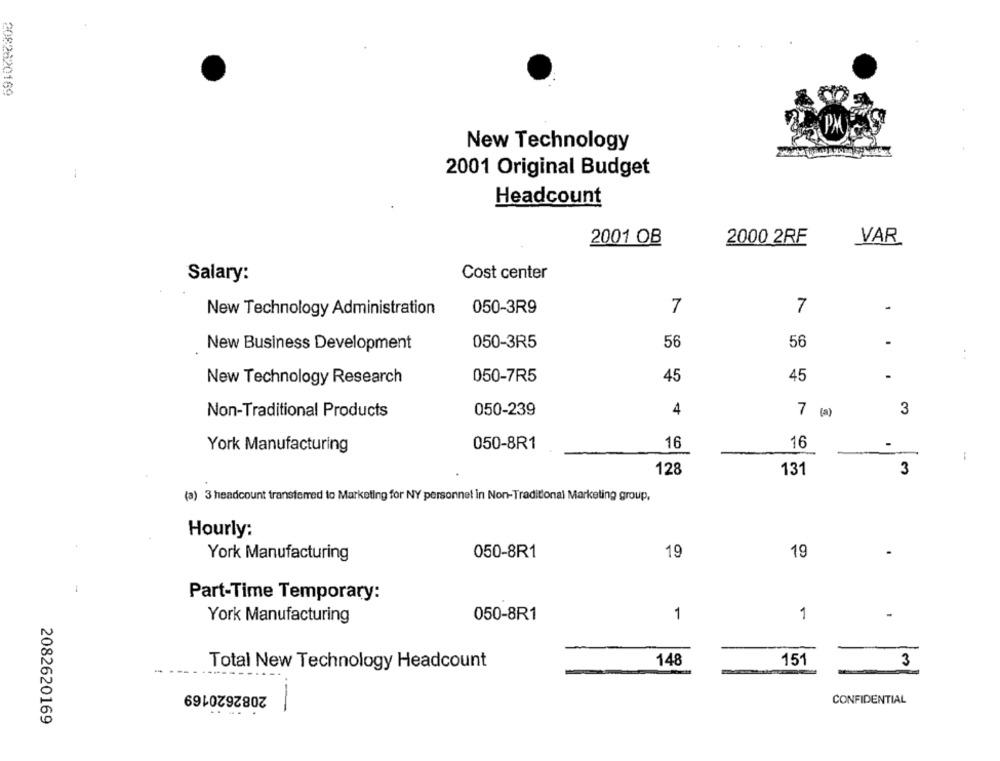
2082620169
New Technology
2001 Original Budget
Headcount
2001 OB
2000 2RE
VAR
Cost center
Salary:
New Technology Administration
050-3R9
7
7
-
56
New Business Development
050-3R5
56
:
New Technology Research
050-7R5
45
45
-
050-239
4
3
Non-Traditional Products
7 (a)
York Manufacturing
050-8R1
16
16
128
131
3
(a) 3 headcount transferred to Marketing for NY personnel in Non-Traditional Marketing group,
Hourly:
050-8R1
19
19
.
York Manufacturing
Part-Time Temporary:
050-8R1
1
1
York Manufacturing
148
151
3
Total New Technology Headcount
2082620169
CONFIDENTIAL
2082620169